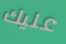
عليك